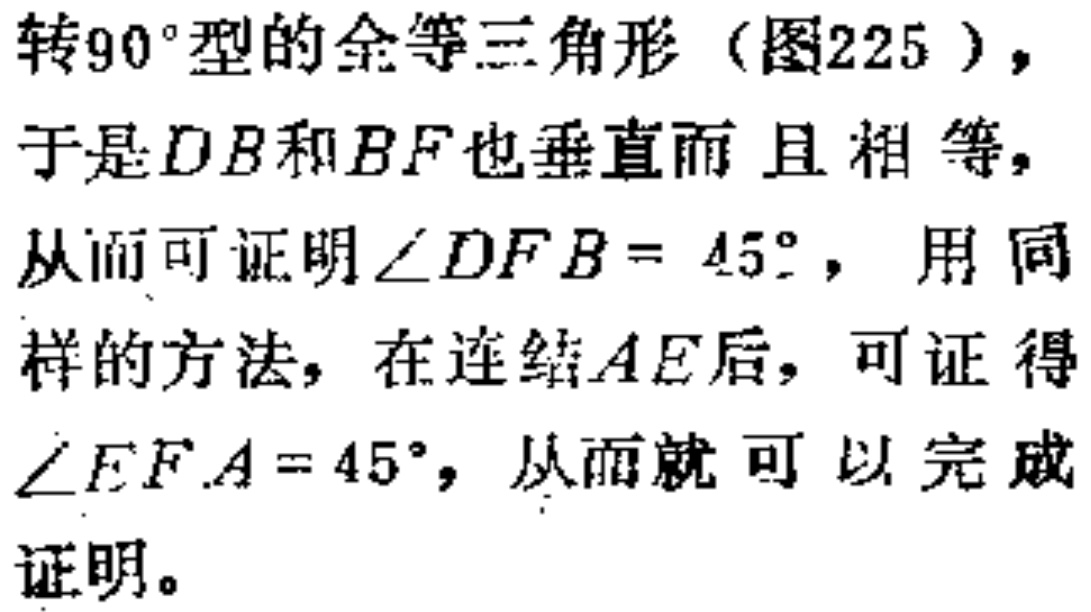
转$90^{\circ}$型的全等三角形（图225），

于是$DB$和$BF$也垂直而且相等，

从而可证明$\angle DFB = 45^{\circ}$，用同

样的方法，在连结$AE$后，可证得

$\angle EFA = 45^{\circ}$，从而就可以完成

证明。